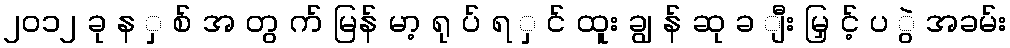
၂၀၁၂ ခု န ှ စ် အ တွ က် မြန် မာ့ ရု ပ် ရ ှ င် ထူး ချွ န် ဆု ခ ျီး မြှ င့် ပ ွဲ အခမ်း